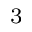
_ 3